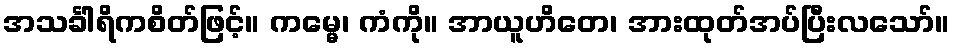
အသင်္ခါရိကစိတ်ဖြင့်။ ကမ္မေ၊ ကံကို။ အာယူဟိတေ၊ အားထုတ်အပ်ပြီးလသော်။